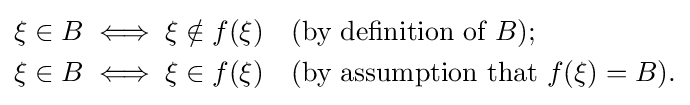
{\begin{aligned}\xi \in B&\iff \xi \notin f(\xi )&&{\text{(by definition of }}B{\text{)}};\\\xi \in B&\iff \xi \in f(\xi )&&{\text{(by assumption that }}f(\xi )=B{\text{)}}.\\\end{aligned}}